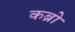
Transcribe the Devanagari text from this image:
कब्रो